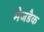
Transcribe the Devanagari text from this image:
मैजडैक